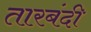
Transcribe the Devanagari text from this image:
तारबंदी